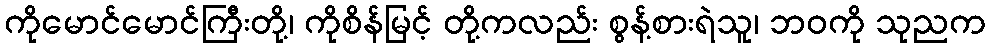
ကိုမောင်မောင်ကြီးတို့၊ ကိုစိန်မြင့် တို့ကလည်း စွန့်စားရဲသူ၊ ဘဝကို သုညက